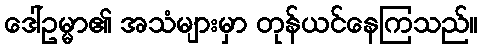
ဒေါ်ဥမ္မာ၏ အသံများမှာ တုန်ယင်နေကြသည်။